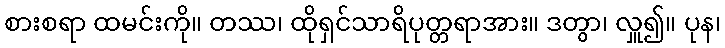
စားစရာ ထမင်းကို။ တဿ၊ ထိုရှင်သာရိပုတ္တရာအား။ ဒတွာ၊ လှူ၍။ ပုန၊